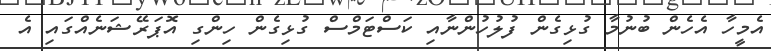
އެމީހާ އެހެން ބުނުމާ ގުޅިގެން ފުލުހުންނާއި ކަސްޓަމްސް ގުޅިގެން ހިންގި އޮޕަރޭޝަނެއްގައި އެ